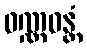
ဝဏ္ဏဝန္တံ